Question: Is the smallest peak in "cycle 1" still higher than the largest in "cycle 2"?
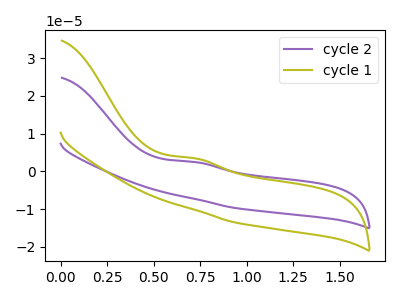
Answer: <think>The purple curve "cycle 2" has an anodic peak at: (0.70V, 2.50uA). The olive curve "cycle 1" has an anodic peak at: (0.70V, 3.50uA).</think>
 <answer>Every peak in "cycle 1" is higher than every peak in "cycle 2".</answer>
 <eval>higher</eval>